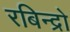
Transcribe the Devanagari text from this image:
रबिन्द्रो